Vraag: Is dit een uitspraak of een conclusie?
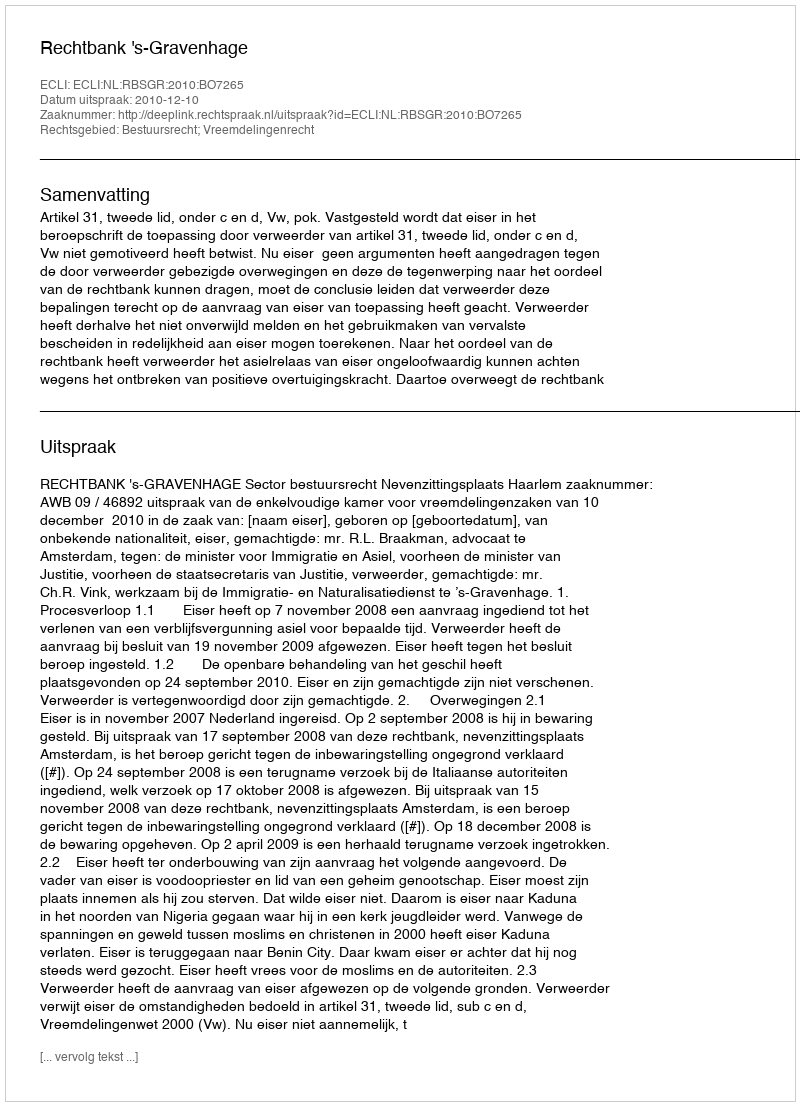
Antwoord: Uitspraak